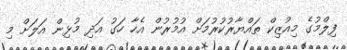
ފިލްމުގެ މިއުޒިކް ތައްޔާރުކުރުމަށް އުމުރުން އެހާ ހަގު އަދި މުޅިން އަލަށް މި